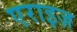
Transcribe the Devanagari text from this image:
एराइज़